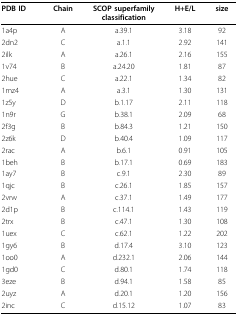
<table><thead><tr><td><b>PDB ID</b></td><td><b>Chain</b></td><td><b>SCOP superfamily classification</b></td><td><b>H+E/L</b></td><td><b>size</b></td></tr></thead><tbody><tr><td>1a4p</td><td>A</td><td>a.39.1</td><td>3.18</td><td>92</td></tr><tr><td>2dn2</td><td>C</td><td>a.1.1</td><td>2.92</td><td>141</td></tr><tr><td>2ilk</td><td>A</td><td>a.26.1</td><td>2.16</td><td>155</td></tr><tr><td>1v74</td><td>B</td><td>a.24.20</td><td>1.81</td><td>87</td></tr><tr><td>2hue</td><td>C</td><td>a.22.1</td><td>1.34</td><td>82</td></tr><tr><td>1mz4</td><td>A</td><td>a.3.1</td><td>1.30</td><td>131</td></tr><tr><td>1z5y</td><td>D</td><td>b.1.17</td><td>2.11</td><td>118</td></tr><tr><td>1n9r</td><td>G</td><td>b.38.1</td><td>2.09</td><td>68</td></tr><tr><td>2f3g</td><td>B</td><td>b.84.3</td><td>1.21</td><td>150</td></tr><tr><td>2z6k</td><td>D</td><td>b.40.4</td><td>1.09</td><td>117</td></tr><tr><td>2rac</td><td>A</td><td>b.6.1</td><td>0.91</td><td>105</td></tr><tr><td>1beh</td><td>B</td><td>b.17.1</td><td>0.69</td><td>183</td></tr><tr><td>1ay7</td><td>B</td><td>c.9.1</td><td>2.30</td><td>89</td></tr><tr><td>1qjc</td><td>B</td><td>c.26.1</td><td>1.85</td><td>157</td></tr><tr><td>2vrw</td><td>A</td><td>c.37.1</td><td>1.49</td><td>177</td></tr><tr><td>2d1p</td><td>B</td><td>c.114.1</td><td>1.43</td><td>119</td></tr><tr><td>2trx</td><td>B</td><td>c.47.1</td><td>1.30</td><td>108</td></tr><tr><td>1uex</td><td>C</td><td>c.62.1</td><td>1.22</td><td>202</td></tr><tr><td>1gy6</td><td>B</td><td>d.17.4</td><td>3.10</td><td>123</td></tr><tr><td>1oo0</td><td>A</td><td>d.232.1</td><td>2.06</td><td>144</td></tr><tr><td>1gd0</td><td>C</td><td>d.80.1</td><td>1.74</td><td>118</td></tr><tr><td>3eze</td><td>B</td><td>d.94.1</td><td>1.58</td><td>85</td></tr><tr><td>2uyz</td><td>A</td><td>d.20.1</td><td>1.20</td><td>156</td></tr><tr><td>2inc</td><td>C</td><td>d.15.12</td><td>1.07</td><td>83</td></tr></tbody></table>